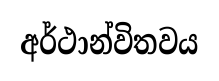
අර්ථාන්විතවය